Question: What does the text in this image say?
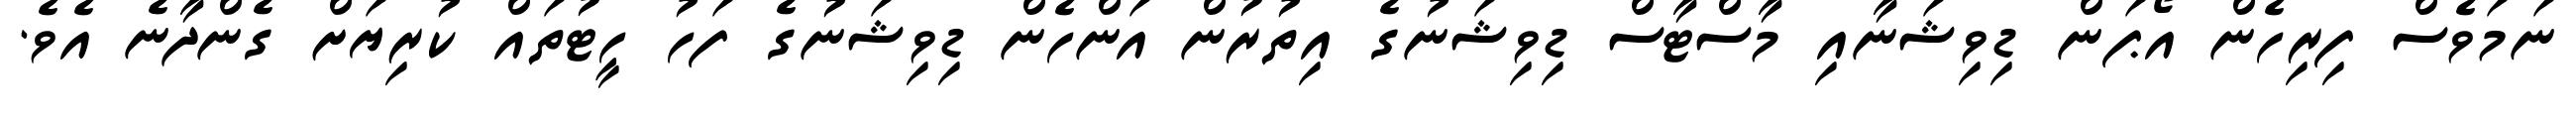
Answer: ނަމަވެސް ފިރިހެން އޯޕަން ޑިވިޝަނާއި މާސްޓާސް ޑިވިޝަނުގެ އިތުރުން އަންހެން ޑިވިޝަނުގެ ފަހު ހީޓުތައް ކުރިޔަށް ގެންދާނެ އެވެ.